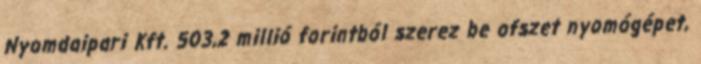
Nyomdaipari Kft. 503,2 millió forintból szerez be ofszet nyomógépet,